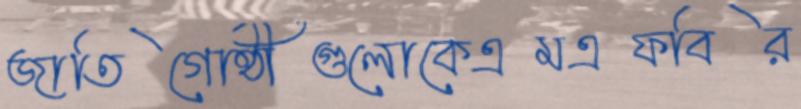
জাতিগোষ্ঠীগুলোকেএমএফবির